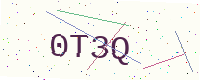
Text: 0T3Q